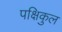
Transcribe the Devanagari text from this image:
पक्षिकुल